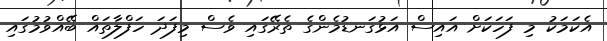
އެކަމަކު މި ފަހަކަށް އައިސް އަޅުގަނޑުމެންގެ ތެރޭގައި ވެސް މިފަދަ ހަފްލާތައް ބޭއްވުމުގައި